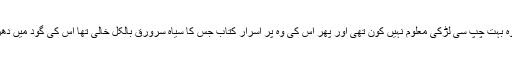
کمر سیدھی رکھے الرٹ سی بینچ بیٹھی خاموشی سے سامنے سیدھ میں دیکھتی وہ بہت چپ سی لڑکی معلوم نہیں کون تھی اور پھر اس کی وہ پر اسرار کتاب جس کا سیاہ سرورق بالکل خالی تھا اس کی گود میں دھری ہوتی اور کتاب کے کناروں پر اس کے سیاہ ہاتھ مضبوطی سے جمے ہوتے۔